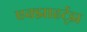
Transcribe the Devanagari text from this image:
एक्झाहर्ट्‌झ